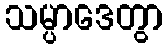
သမ္ပာဒေတွာ